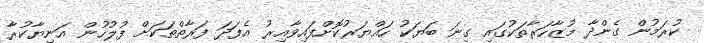
ކުރަމުން ގެންދާ މުޒާހަރާތަކުގައި ގިނަ ބަޔަކު ހައްޔަރުކޮށްފައިވާއިރު އެފަދަ ފަރާތްތަކަށް ފުލުހުން އަނިޔާކުރާ